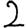
Digit: 2